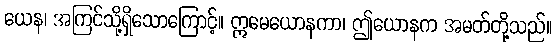
ယေန၊ အကြင်သို့ရှိသောကြောင့်။ ဣမေယောနကာ၊ ဤယောနက အမတ်တို့သည်။